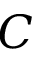
C